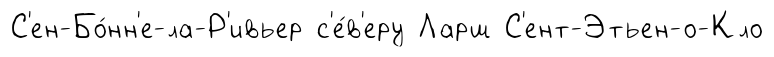
С'ен-Бо́нн'е-ла-Р'ивьер с'е́в'еру Ларш С'ент-Этьен-о-Кло